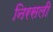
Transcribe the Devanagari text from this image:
निरसली